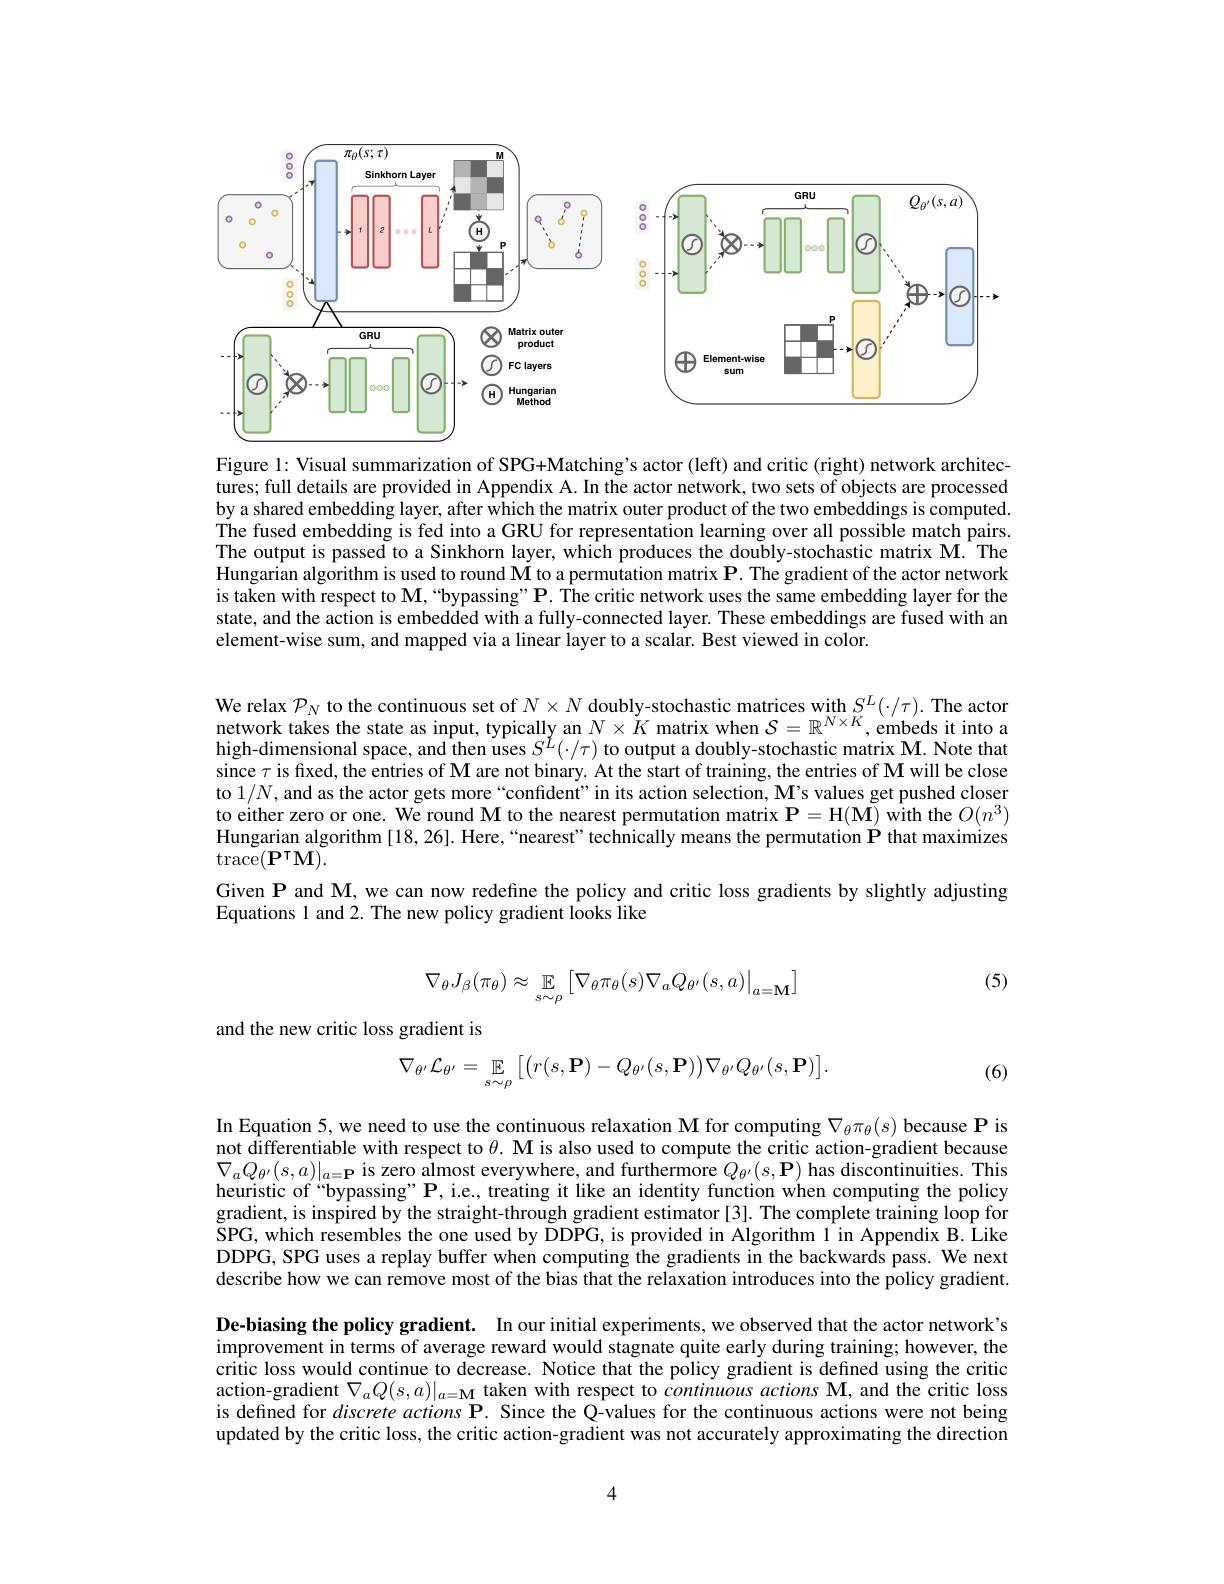
<FigureHere>

Figure 1: Visual summarization of SPG+Matching's actor (left) and critic (right) network architectures; full details are provided in Appendix A. In the actor network, two sets of objects are processed by a shared embedding layer, after which the matrix outer product of the two embeddings is computed. The fused embedding is fed into a GRU for representation learning over all possible match pairs. The output is passed to a Sinkhorn layer, which produces the doubly-stochastic matrix M. The Hungarian algorithm is used to round $\mathbf{M}$ to a permutation matrix $\mathbf{P}.$ The gradient of the actor network is taken with respect to M, “bypassing” P. The critic network uses the same embedding layer for the state, and the action is embedded with a fully-connected layer. These embeddings are fused with an element-wise sum, and mapped via a linear layer to a scalar. Best viewed in color.

We relax $\mathcal{P}_N$ to the continuous set of $N\times N$ doubly-stochastic matrices with $S^L(\cdot/\tau).$ The actor network takes the state as input, typically an $N\times K$ matrix when $S=\mathbb{R}^{N\times K}$ ,embeds it into high-dimensional space, and then uses $S^L(\cdot/\tau)$ to output a doubly-stochastic matrix M. Note that since $\tau$ is fixed, the entries of M are not binary. At the start of training, the entries of M will be close to $1/N$,and as the actor gets more“confident”in its action selection, M's values get pushed closer to either zero or one. We round M to the nearest permutation matrix $\mathbf{P}=\mathbf{H}(\tilde{\mathbf{M}})$ with the $O(n^3)$ Hungarian algorithm [18,26]. Here,“nearest”technically means the permutation $\mathbf{P}$ that maximizes $\operatorname{trace}(\mathbf{P}^{\intercal}\mathbf{M}).$
Given P and M, we can now redefine the policy and critic loss gradients by slightly adjusting
Equations 1 and 2. The new policy gradient looks like

(5)
$$\nabla_\theta J_\beta(\pi_\theta)\approx\underset{s\sim\rho}{\mathbb{E}}\left[\nabla_\theta\pi_\theta(s)\nabla_aQ_{\theta'}(s,a)\big|_{a=\mathbf{M}}\right]$$
and the new critic loss gradient is
$$\nabla_{\theta'}\mathcal{L}_{\theta'}=\underset{s\sim\rho}{\mathbb{E}}\big[\big(r(s,\mathbf{P})-Q_{\theta'}(s,\mathbf{P})\big)\nabla_{\theta'}Q_{\theta'}(s,\mathbf{P})\big].$$
(6)

In Equation 5, we need to use the continuous relaxation M for computing $\nabla_\theta\pi_\theta(s)$ because P is not differentiable with respect to $\theta . \textbf{Mis also used to compute the critic action- gradient because}$ $\nabla_{a}Q_{\theta^{\prime}}(s,a)|_{a=\mathbf{P}}$ is zero almost everywhere, and furthermore $Q_{\theta^{\prime}}(s,\mathbf{P})$ has discontinuities. This heuristic of“bypassing”P, i.e., treating it like an identity function when computing the policy gradient, is inspired by the straight-through gradient estimator [3]. The complete training loop for SPG, which resembles the one used by DDPG, is provided in Algorithm 1 in Appendix B. Like DDPG, SPG uses a replay buffer when computing the gradients in the backwards pass. We next describe how we can remove most of the bias that the relaxation introduces into the policy gradient. De-biasing the policy gradient. In our initial experiments, we observed that the actor network's improvement in terms of average reward would stagnate quite early during training; however, the critic loss would continue to decrease. Notice that the policy gradient is defined using the critic action-gradient $\nabla_aQ(s,a)|_{a=\mathbf{M}}$ taken with respect to continuous actions M, and the critic loss is defined for discrete actions P. Since the Q-values for the continuous actions were not being updated by the critic loss, the critic action-gradient was not accurately approximating the direction

4